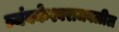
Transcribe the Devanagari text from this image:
त्र्यंबकेश्वराजवळील